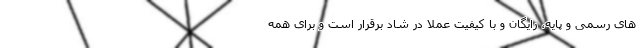
های رسمی و پایه، رایگان و با کیفیت عملا در شاد برقرار است و برای همه